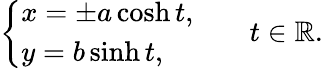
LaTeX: {\left\{ \begin{array}{ll}{x=\pm a\cosh t,}\\ {y=b\sinh t,}\end{array}\right.}\qquad t\in\mathbb{R}.